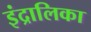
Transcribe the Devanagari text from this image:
इंद्रालिका